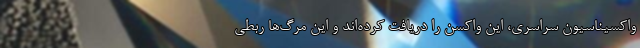
واکسیناسیون سراسری، این واکسن را دریافت کرده‌اند و این مرگ‌ها ربطی